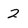
Character: 2